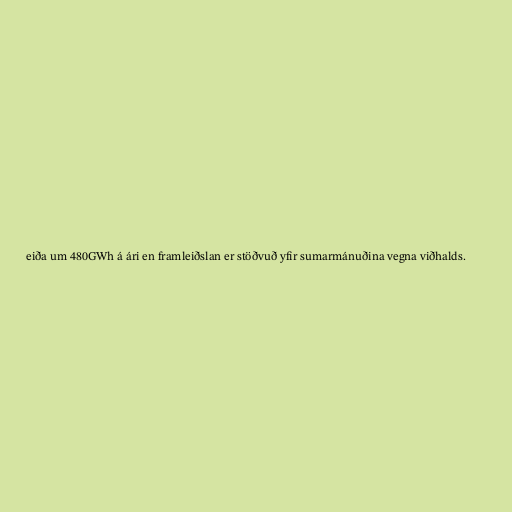
eiða um 480GWh á ári en framleiðslan er stöðvuð yfir sumarmánuðina vegna viðhalds.